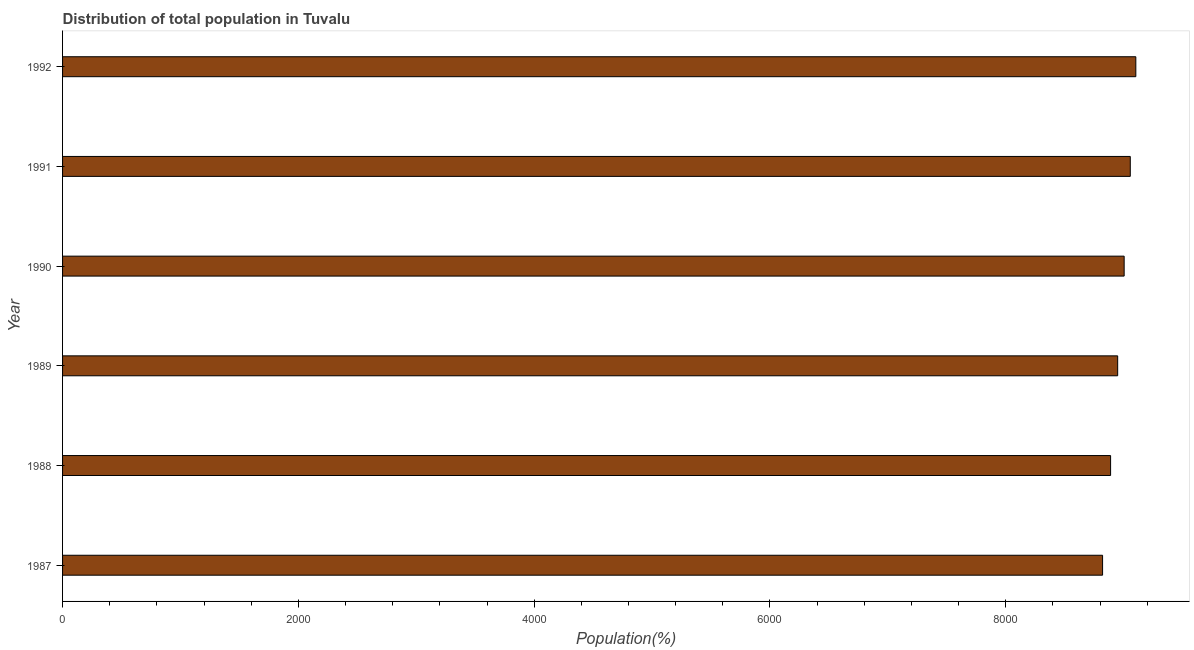
| Year | Total |
 | --- | --- |
 | 1987 | 8.82e+03 |
 | 1988 | 8.89e+03 |
 | 1989 | 8.95e+03 |
 | 1990 | 9e+03 |
 | 1991 | 9.06e+03 |
 | 1992 | 9.1e+03 |